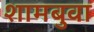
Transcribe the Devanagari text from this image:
शामबुवा